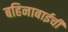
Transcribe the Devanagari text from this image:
बहिनाबाईची